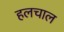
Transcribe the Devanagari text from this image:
हलचाल